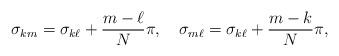
LaTeX: \begin{align*}\sigma_{km}=\sigma_{k\ell}+{m-\ell\over N}\pi, \quad \sigma_{m\ell}=\sigma_{k\ell}+{m-k \over N}\pi ,\end{align*}